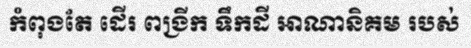
កំពុងតែ ដើរ ពង្រីក ទឹកដី អាណានិគម របស់